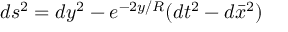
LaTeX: d s ^ { 2 } = d y ^ { 2 } - e ^ { - 2 y / R } ( d t ^ { 2 } - d \bar { x } ^ { 2 } )